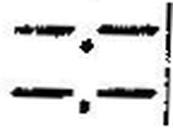
—.—